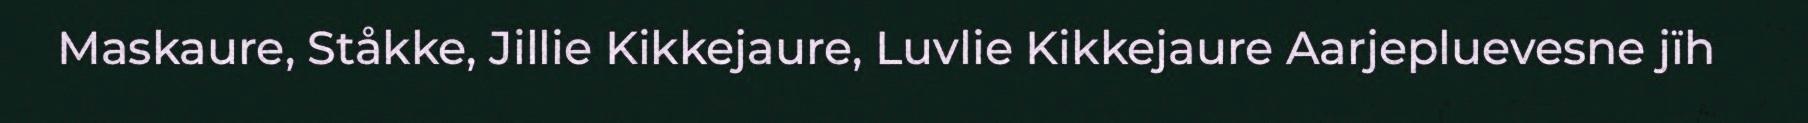
Maskaure, Ståkke, Jillie Kikkejaure, Luvlie Kikkejaure Aarjepluevesne jïh